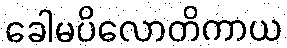
ခေါမပိလောတိကာယ